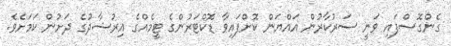
ގެންގޮސްފައި ވަނީ ސަރުކާރުން އައްޔަން ކޮށްފައިވާ ޑޮކްޓަރުންގެ ޓީމެއްގެ އިރުޝާދުގެ ދަށުން ކަމަށެވެ.